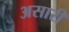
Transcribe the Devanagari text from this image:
असारी